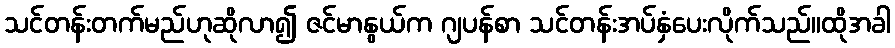
သင်တန်းတက်မည်ဟုဆိုလာ၍ ဇင်မာနွယ်က ဂျပန်စာ သင်တန်းအပ်နှံပေးလိုက်သည်။ထိုအခါ